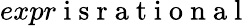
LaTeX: expr\mathrm{~i~s~r~a~t~i~o~n~a~l~}